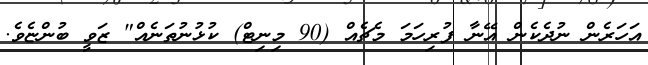
އަހަރެން ނުދެކެން އޭނާ ފުރިހަމަ މެޗެއް (90 މިނިޓް) ކުޅުނުތަނެއް" ޒަވީ ބުންޏެވެ.